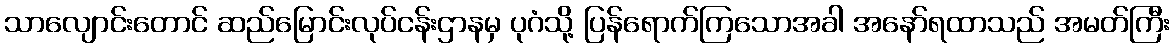
သာလျောင်းတောင် ဆည်မြောင်းလုပ်ငန်းဌာနမှ ပုဂံသို့ ပြန်ရောက်ကြသောအခါ အနော်ရထာသည် အမတ်ကြီး